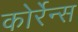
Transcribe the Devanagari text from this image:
कोर्रेन्स